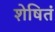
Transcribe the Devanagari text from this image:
शेषितं